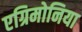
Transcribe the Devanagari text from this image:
एग्रिमोनिया